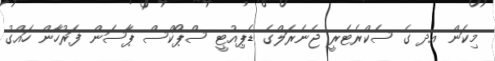
މިކަން އދ ގެ ސެކްރެޓެރީ ޖެނެރަލްގެ ޑެޕިއުޓީ ސްޕޯކްސް ޕާސަން ފަރުހާން ހައްގު